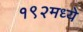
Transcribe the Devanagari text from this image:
१९२मध्ये